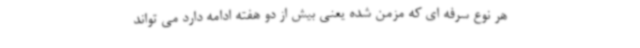
هر نوع سرفه ای که مزمن شده یعنی بیش از دو هفته ادامه دارد می تواند